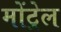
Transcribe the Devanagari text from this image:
मोंट्रेल